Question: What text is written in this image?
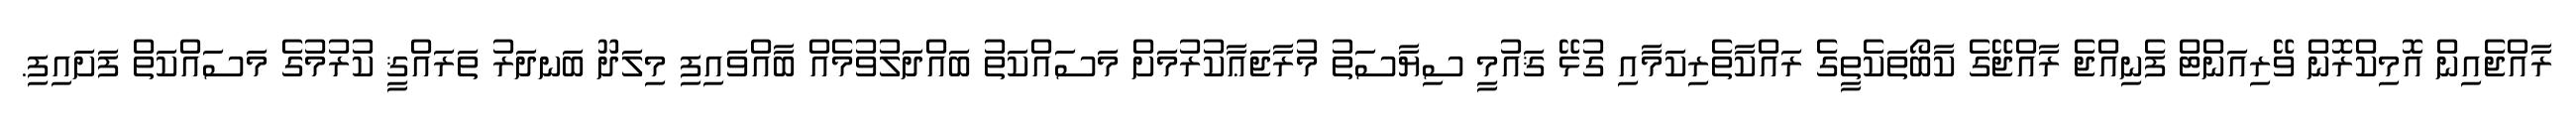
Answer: ރާއްޖެއިން އޮމިކްރޮން ވޭރިއަންޓް ފެނިއްޖެ ރާއްޖޭގެ ކާބޯތަކެތީގެ ރައްކާތެރިކަމާއި ގުޅޭ ޤައުމީ ސިޔާސަތު މުރާޖަޢާކުރުމަށް މަސައްކަތު ބައްދަލުވުމެއް ބާއްވައިފި މިލަދޫ ބަނދަރު ތަރައްޤީ ކުރުމުގެ މަސައްކަތް ފަށައިފި.